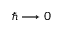
\hbar \longrightarrow 0